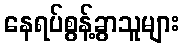
နေရပ်စွန့်ခွာသူများ